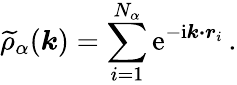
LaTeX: \widetilde{\rho}_{\alpha}(\boldsymbol{k})=\sum_{i=1}^{N_{\alpha}}\mathrm{e}^{-\mathrm{i}\boldsymbol{k\cdot r}_{i}}\, .